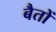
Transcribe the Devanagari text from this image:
बैतों